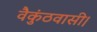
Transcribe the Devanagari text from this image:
वैकुंठवासी।